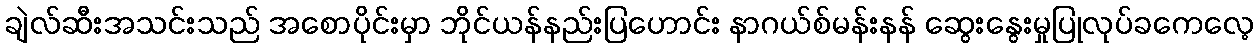
ချဲလ်ဆီးအသင်းသည် အစောပိုင်းမှာ ဘိုင်ယန်နည်းပြဟောင်း နာဂယ်စ်မန်းနန် ဆွေးနွေးမှုပြုလုပ်ခကေလေ့